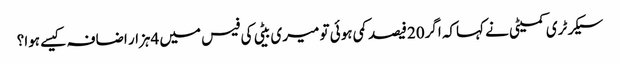
سیکرٹری کمیٹی نے کہاکہ اگر20فیصد کمی ہوئی تو میری بیٹی کی فیس میں 4ہزار اضافہ کیسے ہوا؟